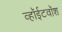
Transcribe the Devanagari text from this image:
व्हॉईटवॉश